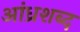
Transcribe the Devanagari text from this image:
आंध्रशब्द